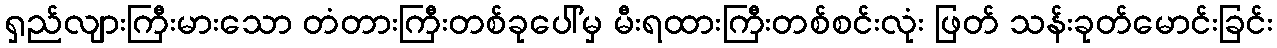
ရှည်လျားကြီးမားသော တံတားကြီးတစ်ခုပေါ်မှ မီးရထားကြီးတစ်စင်းလုံး ဖြတ် သန်းခုတ်မောင်းခြင်း